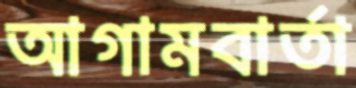
আগামবার্তা